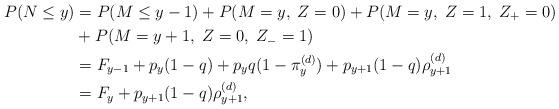
LaTeX: \begin{align*}P(N\le y)&=P(M\le y-1)+P(M=y,\; Z=0)+P(M=y,\; Z=1,\; Z_+=0)\\&+P(M=y+1,\; Z=0,\; Z_-=1)\\&=F_{y-1}+p_{y}(1-q)+p_{y}q(1-\pi_{y}^{(d)})+p_{y+1}(1-q)\rho_{y+1}^{(d)}\\&=F_{y}+ p_{y+1}(1-q)\rho_{y+1}^{(d)},\end{align*}